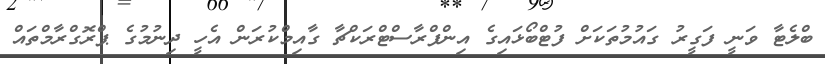
ބްލެޓާ ވަނީ ފަގީރު ގައުމުތަކަށް ފުޓްބޯޅައިގެ އިންފްރާސްޓްރަކްޗާ ގާއިމްކުރަން އެހީ ދިނުމުގެ ޕްރޮގްރާމްތައް